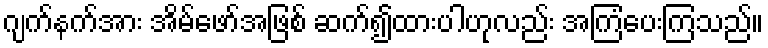
ဂျက်နက်အား အိမ်ဖော်အဖြစ် ဆက်၍ထားပါဟုလည်း အကြံပေးကြသည်။